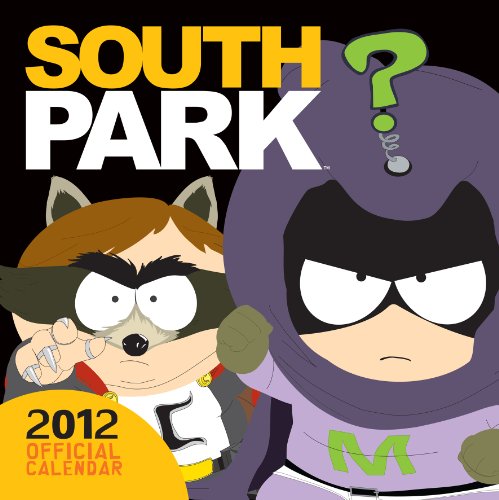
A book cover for Official South Park Calendar 2012; Calendars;